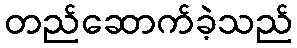
တည်ဆောက်ခဲ့သည်